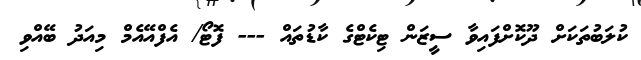
ކުލަބުތަކަށް ދޫކޮށްފައިވާ ސީޒަން ޓިކެޓްގެ ކާޑުތައް --- ފޮޓޯ/ އެފްއޭއެމް މިއަދު ބޭއްވި